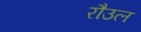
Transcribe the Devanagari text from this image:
रौउल